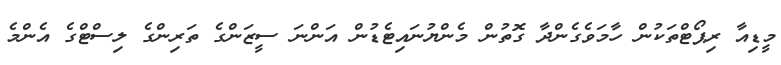
މީޑިއާ ރިޕޯޓްތަކުން ހާމަވެގެންދާ ގޮތުން މެންޔުނައިޓެޑުން އަންނަ ސީޒަންގެ ތަރިންގެ ލިސްޓްގެ އެންމެ